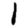
Digit: 1